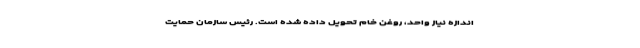
اندازه نیاز واحد، روغن خام تحویل داده شده است. رئیس سازمان حمایت